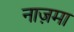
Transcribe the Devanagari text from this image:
नाज़मा